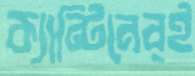
ক্যান্টিনেরই